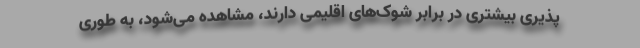
پذیری بیشتری در برابر شوک‌های اقلیمی دارند، مشاهده می‌شود، به طوری